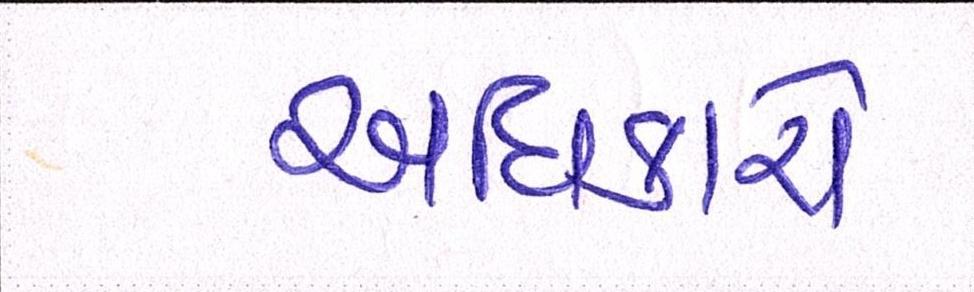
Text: અધિકારો